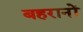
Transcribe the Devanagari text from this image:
बहरानों